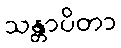
သန္တာပိတာ